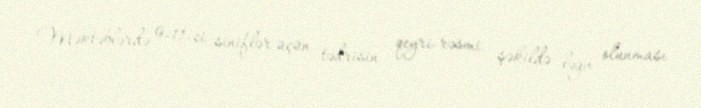
Məktəblərdə 9-11-ci siniflər üçün tədrisin qeyri-rəsmi şəkildə ləğv olunması